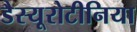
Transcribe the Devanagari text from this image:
डैस्यूरोटीनिया